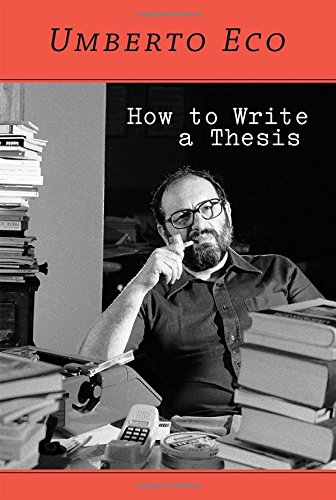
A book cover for How to Write a Thesis; Umberto Eco; Reference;